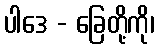
ပါဒေ - ခြေတို့ကို၊